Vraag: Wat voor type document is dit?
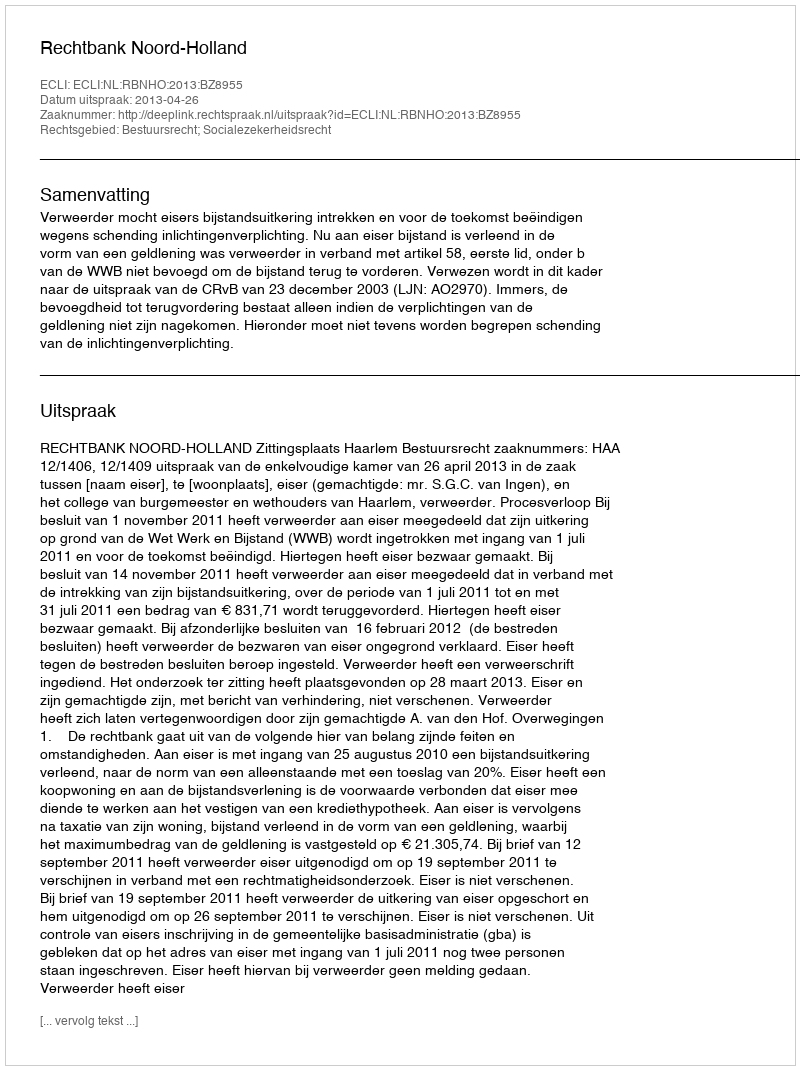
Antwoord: Uitspraak